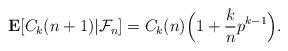
LaTeX: \begin{align*} \mathbf E[C_k(n+1)|\mathcal F_n] & = C_k(n) \Big(1 + \frac{k}{n} p^{k-1}\Big). \end{align*}